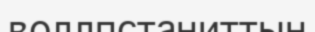
воллпстаниттын